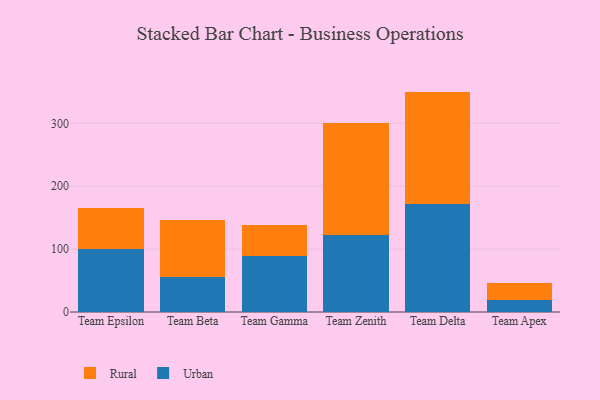
{"axis": {"x": "Team", "y": "Net Income (USD K)"}, "legend": ["Rural", "Urban"], "data": [{"x": "Team Epsilon", "y": 100.3, "type": "Urban"}, {"x": "Team Epsilon", "y": 64.9, "type": "Rural"}, {"x": "Team Beta", "y": 56.2, "type": "Urban"}, {"x": "Team Beta", "y": 90.3, "type": "Rural"}, {"x": "Team Gamma", "y": 88.9, "type": "Urban"}, {"x": "Team Gamma", "y": 50.1, "type": "Rural"}, {"x": "Team Zenith", "y": 122.1, "type": "Urban"}, {"x": "Team Zenith", "y": 179.1, "type": "Rural"}, {"x": "Team Delta", "y": 172.2, "type": "Urban"}, {"x": "Team Delta", "y": 178.2, "type": "Rural"}, {"x": "Team Apex", "y": 19.8, "type": "Urban"}, {"x": "Team Apex", "y": 26.9, "type": "Rural"}]}